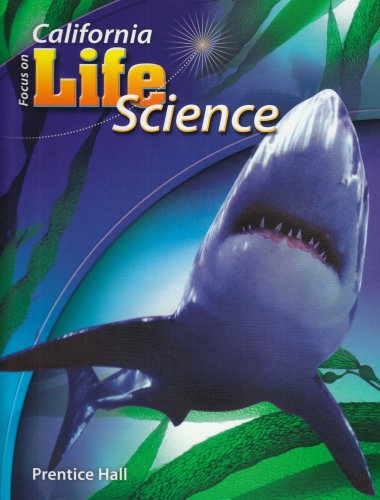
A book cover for Focus on Life Science California; Michael J. Padilla; Teen & Young Adult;